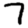
Digit: 7